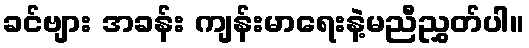
ခင်ဗျား အခန်း ကျန်းမာရေးနဲ့မညီညွှတ်ပါ။